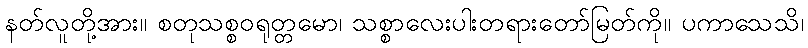
နတ်လူတို့အား။ စတုသစ္စဝရုတ္တမော၊ သစ္စာလေးပါးတရားတော်မြတ်ကို။ ပကာသေသိ၊